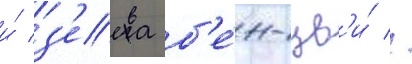
и́ з'еева б'е́н-цв'и́ //